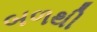
બળથી